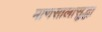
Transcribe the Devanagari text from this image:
माणसालासुद्धा